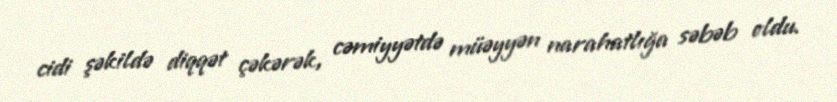
cidi şəkildə diqqət çəkərək, cəmiyyətdə müəyyən narahatlığa səbəb oldu.